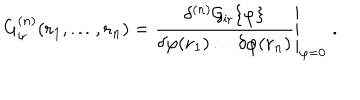
LaTeX: G _ { \mathrm { i r } } ^ { ( n ) } ( { \bf { r } } _ { 1 } , \ldots , { \bf { r } } _ { n } ) = \left. \frac { \delta ^ { ( n ) } { \cal { G } } _ { \mathrm { i r } } \{ \varphi \} } { \delta \varphi ( { \bf { r } } _ { 1 } ) \ldots \delta \varphi ( { \bf { r } } _ { n } ) } \right| _ { \varphi = 0 } \; .